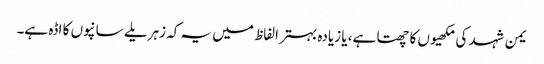
یمن شہد کی مکھیوں کا چھتا ہے، یا زیادہ بہتر الفاظ میں یہ کہ زہریلے سانپوں کا اڈہ ہے۔